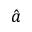
\hat { a }